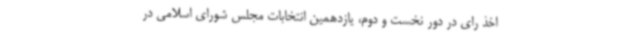
اخذ رای در دور نخست و دوم، یازدهمین انتخابات مجلس شورای اسلامی در